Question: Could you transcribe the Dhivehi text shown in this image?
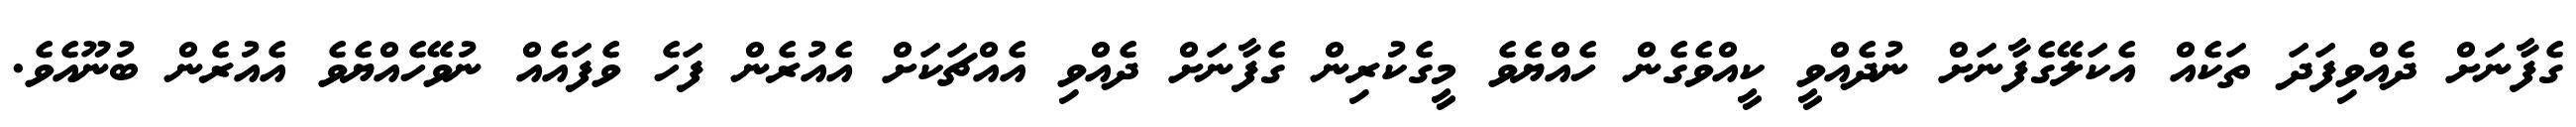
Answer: ގެފާނަށް ދެއްވިފަދަ ތަކެއް އެކަލޭގެފާނަށް ނުދެއްވީ ކީއްވެގެން ހެއްޔެވެ މީގެކުރިން ގެފާނަށް ދެއްވި އެއްޗަކަށް އެއުރެން ފަހެ ވެފައެއް ނުވޭހެއްޔެވެ އެއުރެން ބުނޫއެވެ.